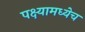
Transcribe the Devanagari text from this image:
पक्ष्यामध्येच